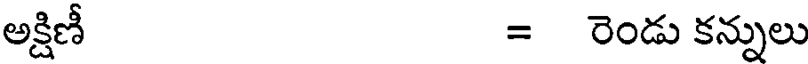
అక్షిణీ = రెండు కన్నులు